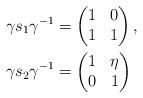
LaTeX: \begin{align*} &\gamma s_1 \gamma^{-1}= \begin{pmatrix} 1 & 0 \\ 1 & 1 \end{pmatrix} , \\& \gamma s_2 \gamma^{-1}= \begin{pmatrix} 1 & \eta \\ 0 & 1 \end{pmatrix} \end{align*}